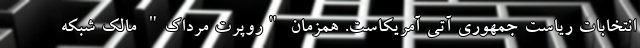
انتخابات ریاست جمهوری آتی آمریکاست. همزمان "روپرت مرداک" مالک شبکه